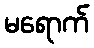
မရောက်